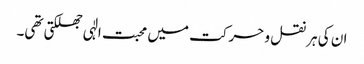
ان کی ہر نقل و حرکت میں محبت الٰہی جھلکتی تھی۔